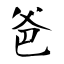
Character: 爸